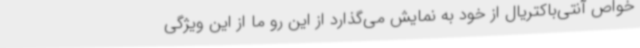
خواص آنتی‌باکتریال از خود به نمایش می‌گذارد از این رو ما از این ویژگی